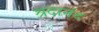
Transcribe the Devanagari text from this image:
श्रदानंद